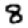
Digit: 8